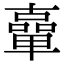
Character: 𠧈